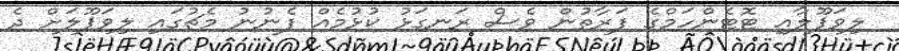
ލިވަޕޫލާއި ޓޮޓެންހަމްގެ ފަރާތުން ވެސް ރަނގަޅު ކުޅުމެއް ފެނުނު މެޗުގައި ލިވަޕޫލަށް ދެ